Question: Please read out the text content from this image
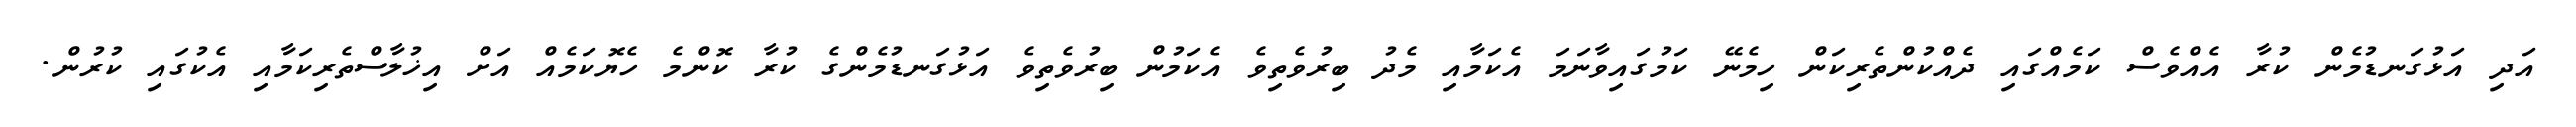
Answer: އަދި އަޅުގަނޑުމެން ކުރާ އެއްވެސް ކަމެއްގައި ދެއްކުންތެރިކަން ހިމެނޭ ކަމުގައިވާނަމަ އެކަމާއި މެދު ބިރުވެތިވެ އެކަމުން ބިރުވެތިވެ އަޅުގަނޑުމެންގެ ކުރާ ކޮންމެ ހެޔޮކަމެއް އަށް އިޚުލާސްތެރިކަމާއި އެކުގައި ކުރުން.